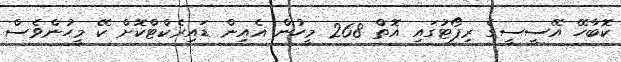
ކޮބާހޭ އޭސީސީގެ ރިޕޯޓުގައި އޮތް 268 މީހުން އެއިން ޑައިރެކްޓްކޮށް ކޭ މީހުންވެސް